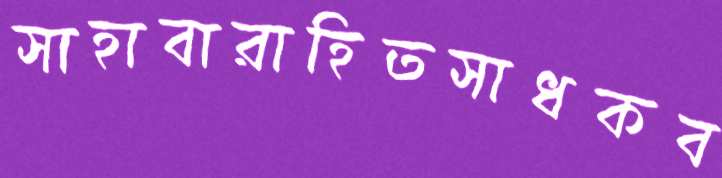
সাহাবারাহিতসাধকব